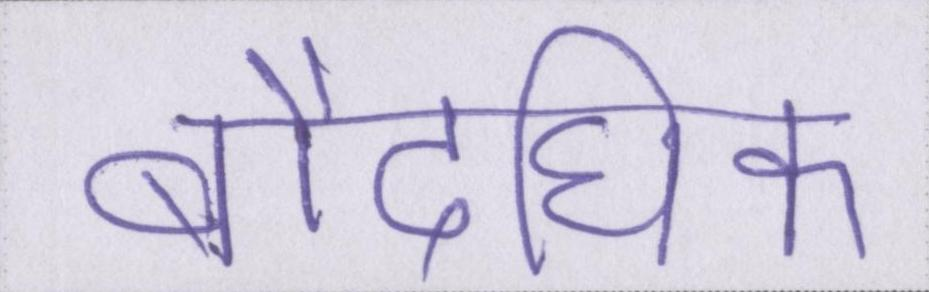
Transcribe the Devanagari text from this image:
बौद्घिक